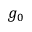
g _ { 0 }